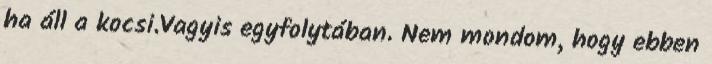
ha áll a kocsi.Vagyis egyfolytában. Nem mondom, hogy ebben